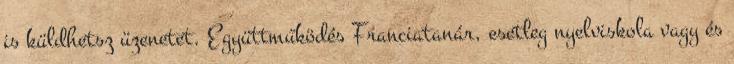
is küldhetsz üzenetet. Együttműködés Franciatanár, esetleg nyelviskola vagy és